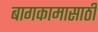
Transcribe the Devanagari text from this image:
बागकामासाठी